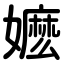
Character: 嬷